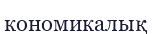
кономикалық